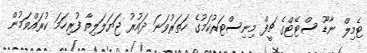
ޓެމިލް ނާޑޫ ސްޓޭޓްގެ ޗީފް މިނިސްޓަރުކަމުގެ ހަތަރުވަނަ ދައުރު ޖަޔަލަލިތާ ފުރިހަމަ ކުރައްވަމުން